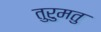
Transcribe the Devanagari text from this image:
तुरुमतु